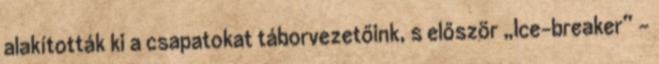
alakították ki a csapatokat táborvezetőink, s először „Ice-breaker” –